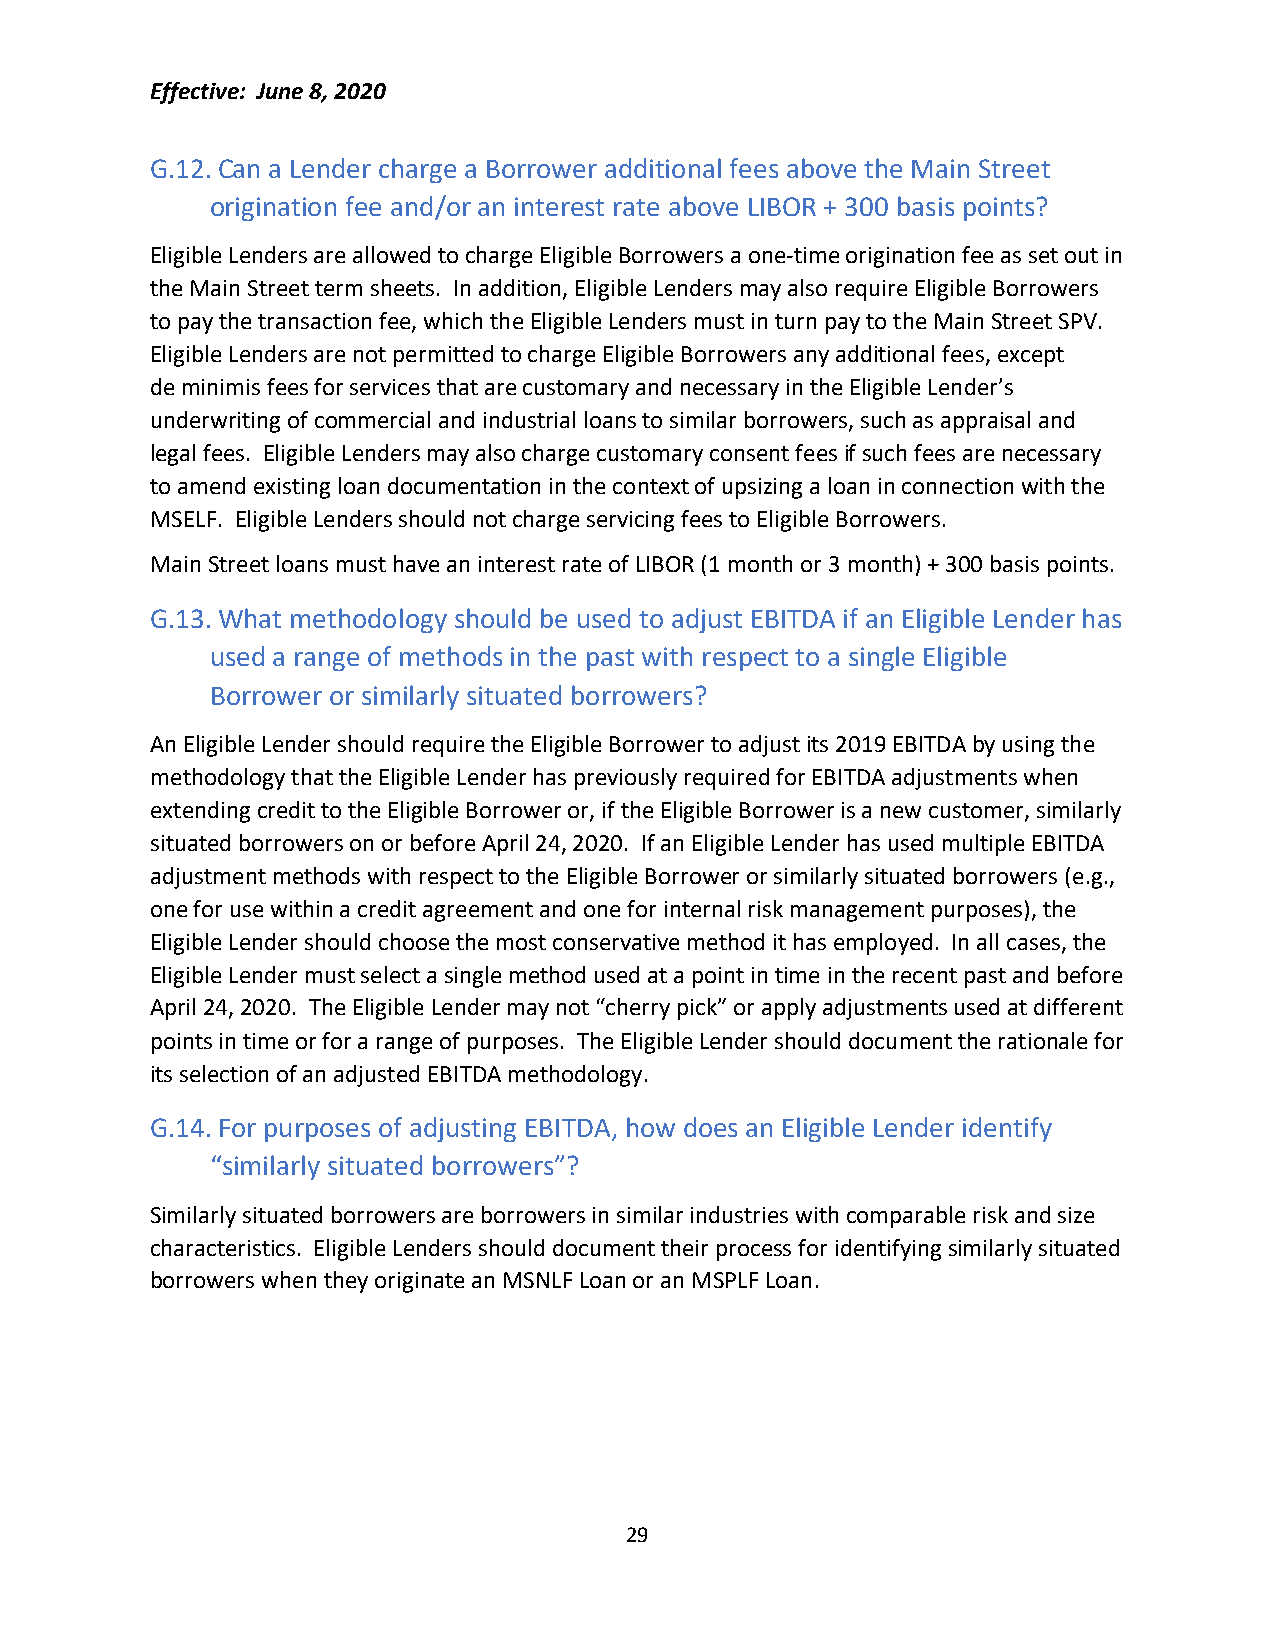
Effective: June 8, 2020
 G.12. Can a Lender charge a Borrower additional fees above the Main Street
 origination fee and/or an interest rate above LIBOR + 300 basis points?
 Eligible Lenders are allowed to charge Eligible Borrowers a one-time origination fee as set out in
 the Main Street term sheets. In addition, Eligible Lenders may also require Eligible Borrowers
 to pay the transaction fee, which the Eligible Lenders must in turn pay to the Main Street SPV.
 Eligible Lenders are not permitted to charge Eligible Borrowers any additional fees, except
 de minimis fees for services that are customary and necessary in the Eligible Lender’s
 underwriting of commercial and industrial loans to similar borrowers, such as appraisal and
 legal fees. Eligible Lenders may also charge customary consent fees if such fees are necessary
 to amend existing loan documentation in the context of upsizing a loan in connection with the
 MSELF. Eligible Lenders should not charge servicing fees to Eligible Borrowers.
 Main Street loans must have an interest rate of LIBOR (1 month or 3 month) + 300 basis points.
 G.13. What methodology should be used to adjust EBITDA if an Eligible Lender has
 used a range of methods in the past with respect to a single Eligible
 Borrower or similarly situated borrowers?
 An Eligible Lender should require the Eligible Borrower to adjust its 2019 EBITDA by using the
 methodology that the Eligible Lender has previously required for EBITDA adjustments when
 extending credit to the Eligible Borrower or, if the Eligible Borrower is a new customer, similarly
 situated borrowers on or before April 24, 2020. If an Eligible Lender has used multiple EBITDA
 adjustment methods with respect to the Eligible Borrower or similarly situated borrowers (e.g.,
 one for use within a credit agreement and one for internal risk management purposes), the
 Eligible Lender should choose the most conservative method it has employed. In all cases, the
 Eligible Lender must select a single method used at a point in time in the recent past and before
 April 24, 2020. The Eligible Lender may not “cherry pick” or apply adjustments used at different
 points in time or for a range of purposes. The Eligible Lender should document the rationale for
 its selection of an adjusted EBITDA methodology.
 G.14. For purposes of adjusting EBITDA, how does an Eligible Lender identify
 “similarly situated borrowers”?
 Similarly situated borrowers are borrowers in similar industries with comparable risk and size
 characteristics. Eligible Lenders should document their process for identifying similarly situated
 borrowers when they originate an MSNLF Loan or an MSPLF Loan.
 29